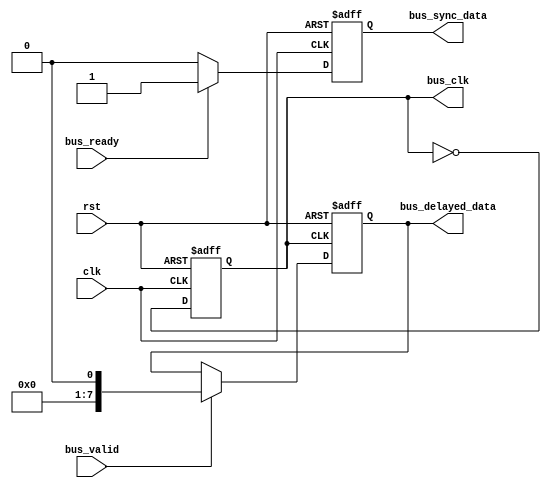
module timing_control(
    input wire clk,
    input wire rst,
    input wire bus_valid,
    input wire bus_ready,
    output reg bus_clk,
    output reg [7:0] bus_delayed_data,
    output reg bus_sync_data
);

// Timing control logic
always @(posedge clk or posedge rst) begin
    if (rst)
        bus_clk <= 1'b0;
    else
        bus_clk <= ~bus_clk;
end

always @(posedge bus_clk or posedge rst) begin
    if (rst)
        bus_delayed_data <= 8'b0;
    else if (bus_valid)
        bus_delayed_data <= bus_data; // Assuming bus_data is the input data signal
end

// Synchronization block logic
always @(posedge clk or posedge rst) begin
    if (rst)
        bus_sync_data <= 1'b0;
    else if (bus_ready)
        bus_sync_data <= 1'b1;
    else
        bus_sync_data <= 1'b0;
end

endmodule